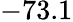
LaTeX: -73.1